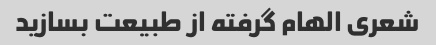
شعری الهام گرفته از طبیعت بسازید